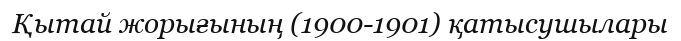
Қытай жорығының (1900-1901) қатысушылары